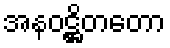
အနဝဋ္ဌိတတော